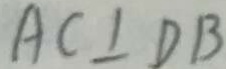
A C \bot D B